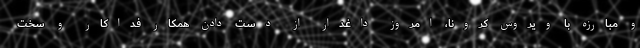
و مبارزه با ویروس کرونا، امروز داغدار از دست دادن همکار فداکار و سخت